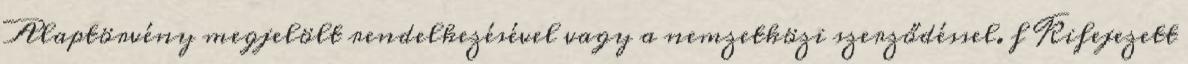
Alaptörvény megjelölt rendelkezésével vagy a nemzetközi szerződéssel. f Kifejezett